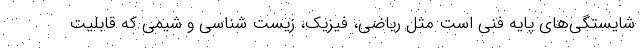
شایستگی‌های پایه فنی است مثل ریاضی، فیزیک، زیست شناسی و شیمی که قابلیت